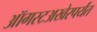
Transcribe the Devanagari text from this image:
ऑगस्टअखेरपर्यंत